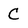
Character: C